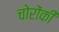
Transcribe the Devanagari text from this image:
चोरोंकी